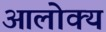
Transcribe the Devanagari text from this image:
आलोक्य